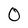
Character: 0